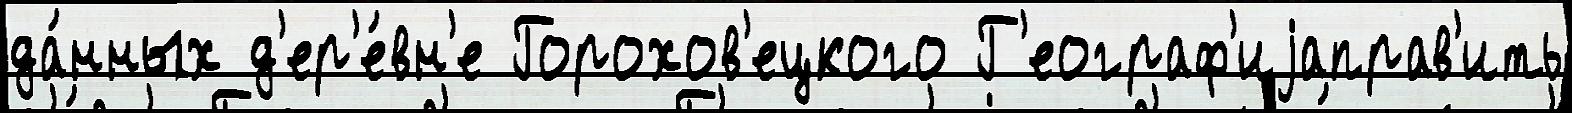
да́нных д'ер'е́вн'е Горохов'ецкого Г'еограф'иjаправ'ить